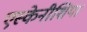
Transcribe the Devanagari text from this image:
एस्केनीशिया